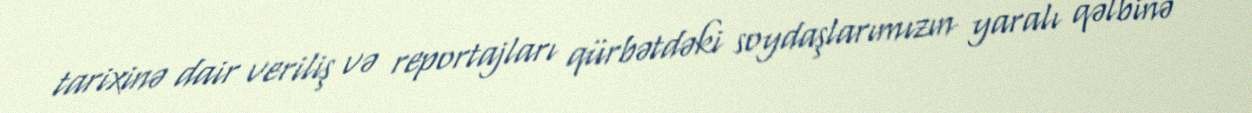
tarixinə dair veriliş və reportajları qürbətdəki soydaşlarımızın yaralı qəlbinə